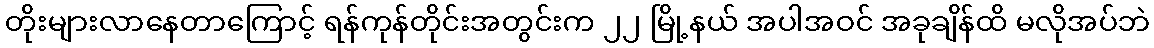
တိုးများလာနေတာကြောင့် ရန်ကုန်တိုင်းအတွင်းက ၂၂ မြို့နယ် အပါအဝင် အခုချိန်ထိ မလိုအပ်ဘဲ